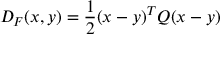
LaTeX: D _ { F } ( x , y ) = { \frac { 1 } { 2 } } ( x - y ) ^ { T } Q ( x - y )